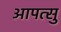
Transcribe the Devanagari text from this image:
आपत्सु